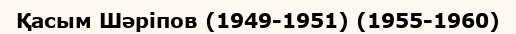
Қасым Шәріпов (1949-1951) (1955-1960)